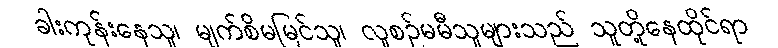
ခါးကုန်းနေသူ၊ မျက်စိမမြင်သူ၊ လူစဉ်မမီသူများသည် သူတို့နေထိုင်ရာ